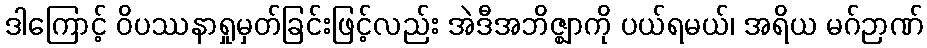
ဒါကြောင့် ဝိပဿနာရှုမှတ်ခြင်းဖြင့်လည်း အဲဒီအဘိဇ္ဈာကို ပယ်ရမယ်၊ အရိယ မဂ်ဉာဏ်